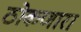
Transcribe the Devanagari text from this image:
ठोकणारा